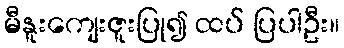
မီနူးကျေးဇူးပြု၍ ထပ် ပြပါဦး။